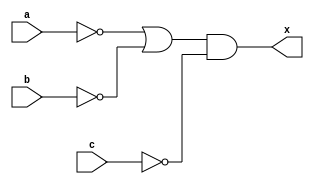
`timescale 1ns / 1ps

module bf1_a(
input a,b,c,
output x

    );
   
    assign x=(~a|~b)&~c;
    
    
endmodule